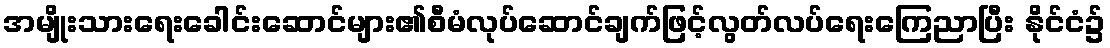
အမျိုးသားရေးခေါင်းဆောင်များ၏စီမံလုပ်ဆောင်ချက်ဖြင့်လွတ်လပ်ရေးကြေညာပြီး နိုင်ငံ၌